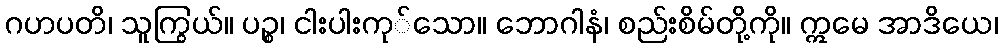
ဂဟပတိ၊ သူကြွယ်။ ပဉ္စ၊ ငါးပါးကု်သော။ ဘောဂါနံ၊ စည်းစိမ်တို့ကို။ ဣမေ အာဒိယေ၊